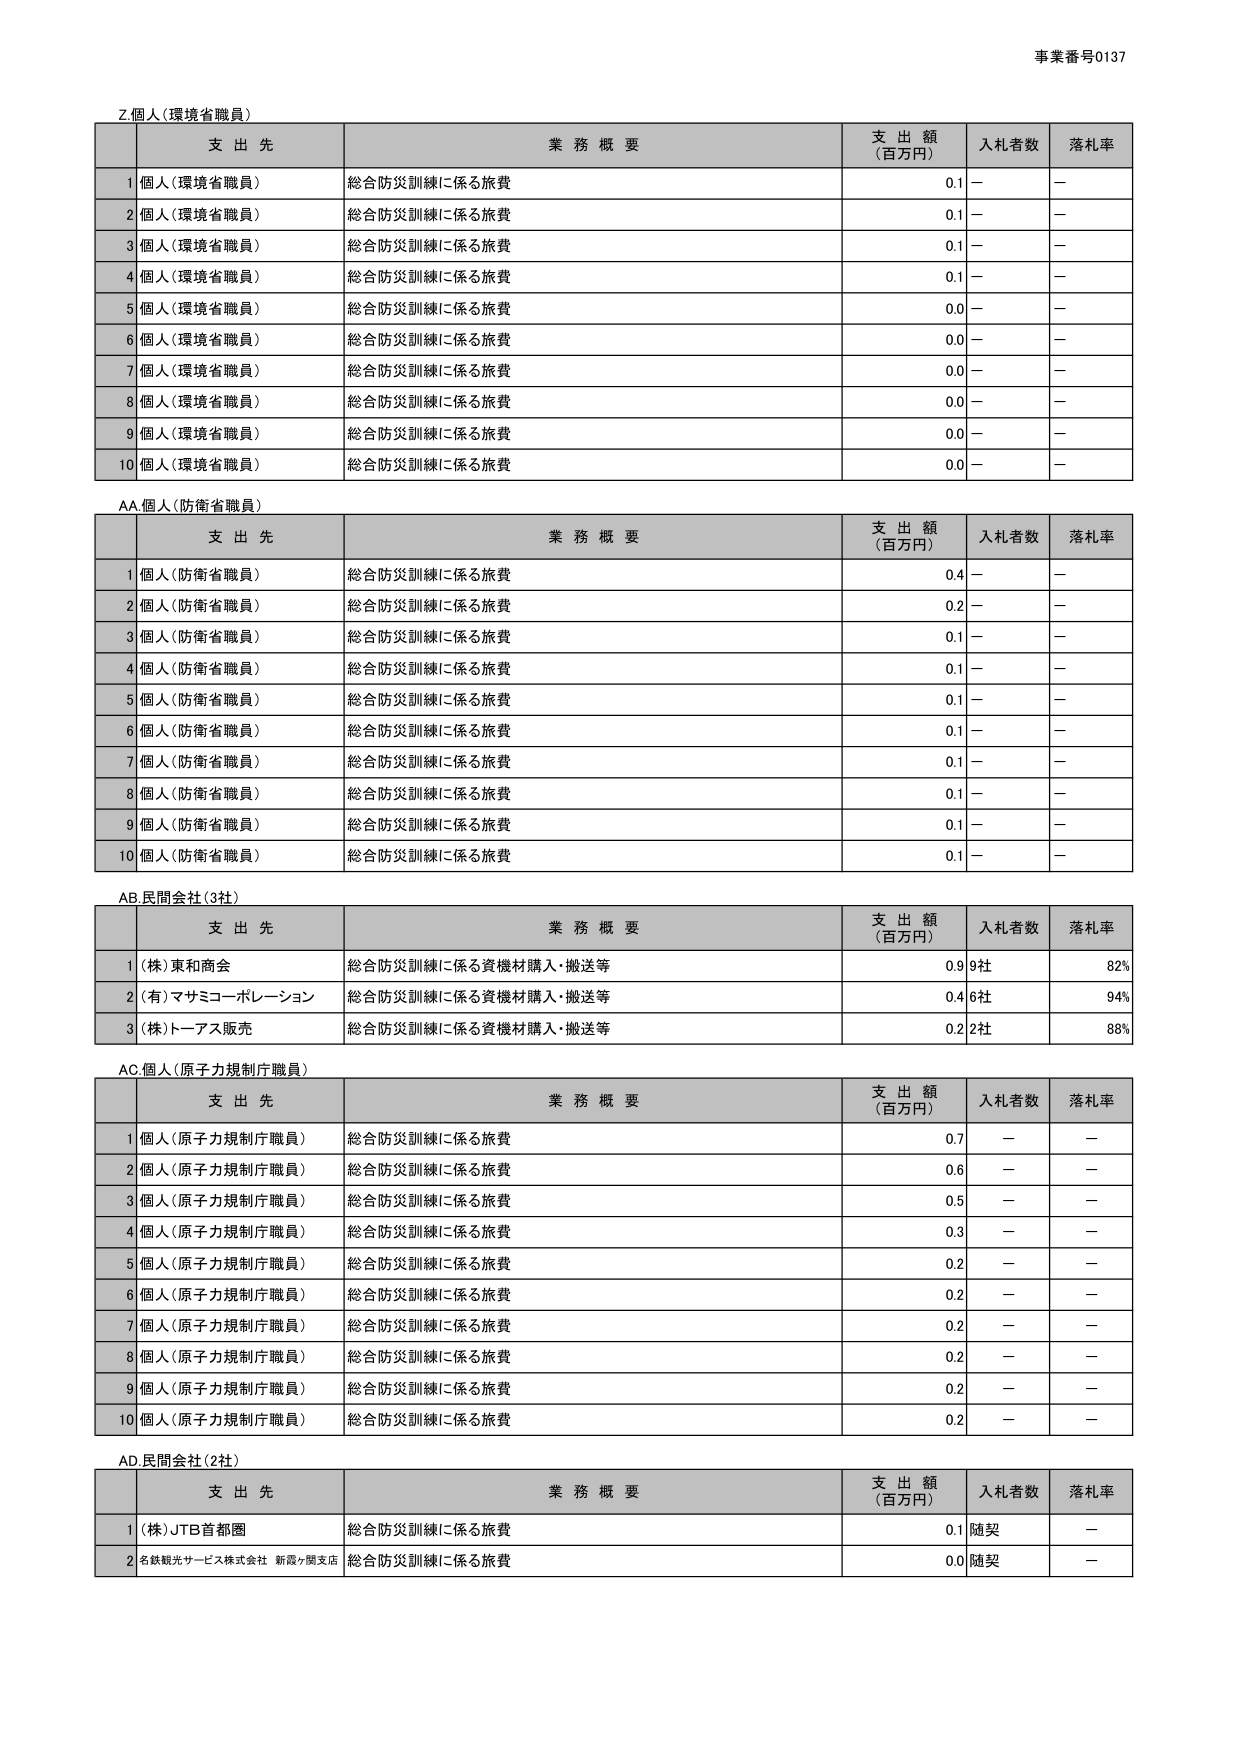
事業番号0137

Z.個人（環境省職員）
支 出 先 業 務 概 要 支 出 額 （百万円） 入札者数 落札率
1 個人（環境省職員） 総合防災訓練に係る旅費 0.1 － －
2 個人（環境省職員） 総合防災訓練に係る旅費 0.1 － －
3 個人（環境省職員） 総合防災訓練に係る旅費 0.1 － －
4 個人（環境省職員） 総合防災訓練に係る旅費 0.1 － －
5 個人（環境省職員） 総合防災訓練に係る旅費 0.0 － －
6 個人（環境省職員） 総合防災訓練に係る旅費 0.0 － －
7 個人（環境省職員） 総合防災訓練に係る旅費 0.0 － －
8 個人（環境省職員） 総合防災訓練に係る旅費 0.0 － －
9 個人（環境省職員） 総合防災訓練に係る旅費 0.0 － －
10 個人（環境省職員） 総合防災訓練に係る旅費 0.0 － －

AA.個人（防衛省職員）
支 出 先 業 務 概 要 支 出 額 （百万円） 入札者数 落札率
1 個人（防衛省職員） 総合防災訓練に係る旅費 0.4 － －
2 個人（防衛省職員） 総合防災訓練に係る旅費 0.2 － －
3 個人（防衛省職員） 総合防災訓練に係る旅費 0.1 － －
4 個人（防衛省職員） 総合防災訓練に係る旅費 0.1 － －
5 個人（防衛省職員） 総合防災訓練に係る旅費 0.1 － －
6 個人（防衛省職員） 総合防災訓練に係る旅費 0.1 － －
7 個人（防衛省職員） 総合防災訓練に係る旅費 0.1 － －
8 個人（防衛省職員） 総合防災訓練に係る旅費 0.1 － －
9 個人（防衛省職員） 総合防災訓練に係る旅費 0.1 － －
10 個人（防衛省職員） 総合防災訓練に係る旅費 0.1 － －

AB.民間会社（3社）
支 出 先 業 務 概 要 支 出 額 （百万円） 入札者数 落札率
1 （株）東和商会 総合防災訓練に係る資機材購入・搬送等 0.9 9社 82%
2 （有）マサミコーポレーション 総合防災訓練に係る資機材購入・搬送等 0.4 6社 94%
3 （株）トーアス販売 総合防災訓練に係る資機材購入・搬送等 0.2 2社 88%

AC.個人（原子力規制庁職員）
支 出 先 業 務 概 要 支 出 額 （百万円） 入札者数 落札率
1 個人（原子力規制庁職員） 総合防災訓練に係る旅費 0.7 － －
2 個人（原子力規制庁職員） 総合防災訓練に係る旅費 0.6 － －
3 個人（原子力規制庁職員） 総合防災訓練に係る旅費 0.5 － －
4 個人（原子力規制庁職員） 総合防災訓練に係る旅費 0.3 － －
5 個人（原子力規制庁職員） 総合防災訓練に係る旅費 0.2 － －
6 個人（原子力規制庁職員） 総合防災訓練に係る旅費 0.2 － －
7 個人（原子力規制庁職員） 総合防災訓練に係る旅費 0.2 － －
8 個人（原子力規制庁職員） 総合防災訓練に係る旅費 0.2 － －
9 個人（原子力規制庁職員） 総合防災訓練に係る旅費 0.2 － －
10 個人（原子力規制庁職員） 総合防災訓練に係る旅費 0.2 － －

AD.民間会社（2社）
支 出 先 業 務 概 要 支 出 額 （百万円） 入札者数 落札率
1 （株）JTB首都圏 総合防災訓練に係る旅費 0.1 随契 －
2 名鉄観光サービス株式会社 新霞ヶ関支店 総合防災訓練に係る旅費 0.0 随契 －